Scientific memoirs by medical officers of the Army of India - Part XII,
Year: 1901
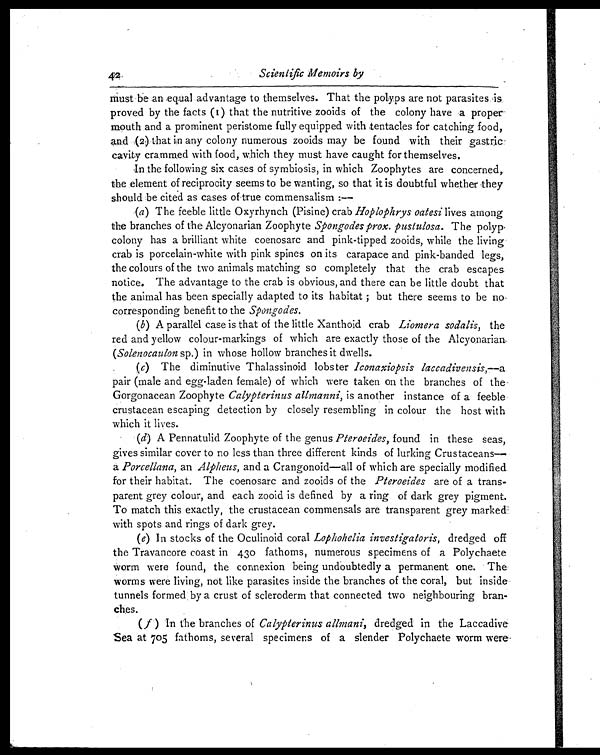
42 Scientific Memoirs by
must be an equal advantage to themselves. That the polyps are not parasites is
proved by the facts (1) that the nutritive zooids of the colony have a proper
mouth and a prominent peristome fully equipped with tentacles for catching food,
and (2) that in any colony numerous zooids may be found with their gastric
cavity crammed with food, which they must have caught for themselves.
In the following six cases of symbiosis, in which Zoophytes are concerned,
the element of reciprocity seems to be wanting, so that it is doubtful whether they
should be cited as cases of true commensalism :—
(a) The feeble little Oxyrhynch (Pisine) crab Hoplophrys oatesi lives among
the branches of the Alcyonarian Zoophyte Spongodes prox. pustulosa. The polyp
colony has a brilliant white coenosarc and pink-tipped zooids, while the living
crab is porcelain-white with pink spines on its carapace and pink-banded legs,
the colours of the two animals matching so completely that the crab escapes
notice. The advantage to the crab is obvious, and there can be little doubt that
the animal has been specially adapted to its habitat ; but there seems to be no
corresponding benefit to the Spongodes.
(b) A parallel case is that of the little Xanthoid crab Liomera sodalis, the
red and yellow colour-markings of which are exactly those of the Alcyonarian
( Solenocaulon sp.) in whose hollow branches it dwells.
(c) The diminutive Thalassinoid lobster Iconaxiopsis laccadivensis,—a
pair (male and egg-laden female) of which were taken on the branches of the
Gorgonacean Zoophyte Calypterinus allmanni, is another instance of a feeble
crustacean escaping detection by closely resembling in colour the host with
which it lives.
(d) A Pennatulid Zoophyte of the genus Pteroeides, found in these seas,
gives similar cover to no less than three different kinds of lurking Crustaceans
— a
P o r c e l l a n a ,
a n
A l p h e u s ,
a n d a C r a n g o n o i d — a l l o f w h i c h a r e s p e c i a l l y m o d i f i e d
for their habitat. The coenosarc and zooids of the Pteroeides are of a trans-
parent grey colour, and each zooid is defined by a ring of dark grey pigment.
To match this exactly, the crustacean commensals are transparent grey marked
with spots and rings of dark grey.
(e) In stocks of the Oculinoid coral Lophohelia investigatoris, dredged off
the Travancore coast in 430 fathoms, numerous specimens of a Polychaete
worm were found, the connexion being undoubtedly a permanent one. The
worms were living, not like parasites inside the branches of the coral, but inside
tunnels formed by a crust of scleroderm that connected two neighbouring bran-
ches.
(f ) In the branches of Calypterinus allmani, dredged in the Laccadive
Sea at 705 fathoms, several specimens of a slender Polychaete worm were